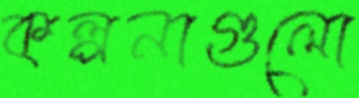
কল্পনাগুলো